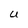
Character: U